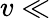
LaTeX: v\ll